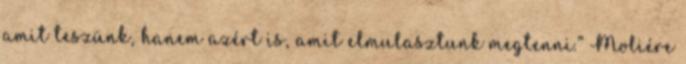
amit teszünk, hanem azért is, amit elmulasztunk megtenni.” Moliére